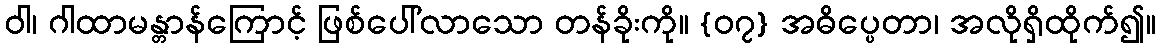
ဝါ၊ ဂါထာမန္တာန်ကြောင့် ဖြစ်ပေါ်လာသော တန်ခိုးကို။ {၀၇} အဓိပ္ပေတာ၊ အလိုရှိထိုက်၍။